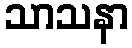
သာသနာ